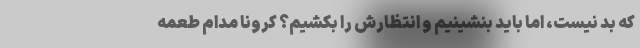
که بد نیست، اما باید بنشینیم و انتظارش را بکشیم؟ کرونا مدام طعمه